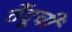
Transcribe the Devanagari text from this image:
तेंदूची